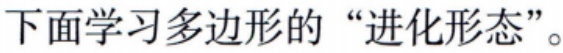
下面学习多边形的“进化形态”。